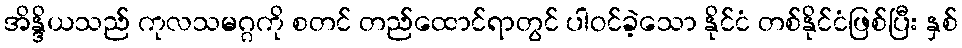
အိန္ဒိယသည် ကုလသမဂ္ဂကို စတင် တည်ထောင်ရာတွင် ပါဝင်ခဲ့သော နိုင်ငံ တစ်နိုင်ငံဖြစ်ပြီး နှစ်